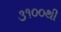
૩૧૦૦થી